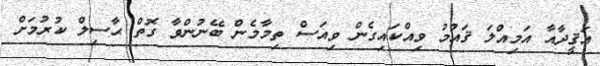
އަޤީދާއާ އަމިއްލަ ޤައުމު ވިއްކައިގެން ވިއަސް ތިމާމެން ބޭނުންވާ ގޮތް ޙާސިލް ކުރުމަަށް